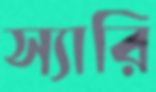
স্যারি